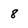
Character: 8